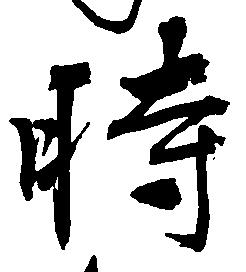
時